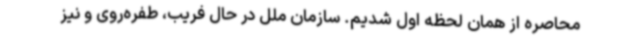
محاصره از همان لحظه اول شدیم. سازمان ملل در حال فریب، طفره‌روی و نیز